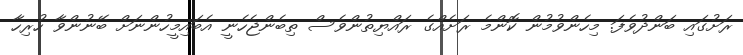
ރަށުގައި ބަންދުވެފަ. މިހެންވުމުން ކޮންމެ ރަށެއްގެ ރައްޔިތުންވެސް ތިބެންޖެހެނީ އެބައިމީހުންނަށް ބޭނުންވާ ހުރިހާ